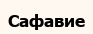
Сафавие